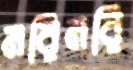
মরিমরি